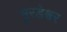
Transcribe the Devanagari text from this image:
मुरडेश्वर